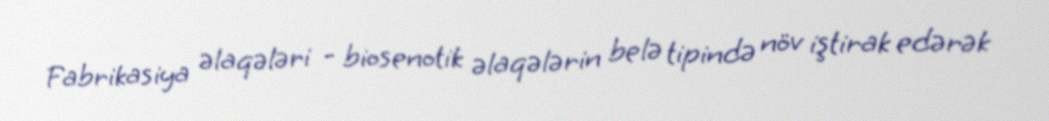
Fabrikasiya əlaqələri - biosenotik əlaqələrin belə tipində növ iştirak edərək